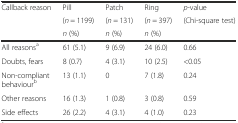
<table><thead><tr><td rowspan="3"><b>Callback reason</b></td><td><b>Pill</b></td><td><b>Patch</b></td><td><b>Ring</b></td><td><b><i>p</i>-value</b></td></tr><tr><td><b>(<i>n</i> = 1199)</b></td><td><b>(<i>n</i> = 131)</b></td><td><b>(<i>n</i> = 397)</b></td><td rowspan="2"><b>(Chi-square test)</b></td></tr><tr><td><b><i>n</i> (%)</b></td><td><b><i>n</i> (%)</b></td><td><b><i>n</i> (%)</b></td></tr></thead><tbody><tr><td>All reasons<sup>a</sup></td><td>61 (5.1)</td><td>9 (6.9)</td><td>24 (6.0)</td><td>0.66</td></tr><tr><td>Doubts, fears</td><td>8 (0.7)</td><td>4 (3.1)</td><td>10 (2.5)</td><td>&lt;0.05</td></tr><tr><td>Non-compliant behaviour<sup>b</sup></td><td>13 (1.1)</td><td>0</td><td>7 (1.8)</td><td>0.24</td></tr><tr><td>Other reasons</td><td>16 (1.3)</td><td>1 (0.8)</td><td>3 (0.8)</td><td>0.59</td></tr><tr><td>Side effects</td><td>26 (2.2)</td><td>4 (3.1)</td><td>4 (1.0)</td><td>0.23</td></tr></tbody></table>